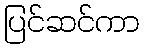
ပြင်ဆင်ကာ